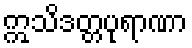
ဣသိဒတ္တပုရာဏာ